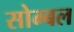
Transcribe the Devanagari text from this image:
सोम्बल